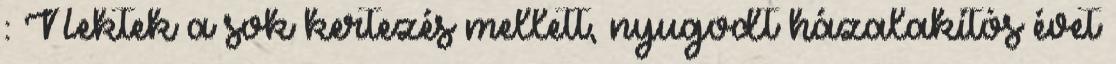
: Nektek a sok kertezés mellett, nyugodt házalakítós évet